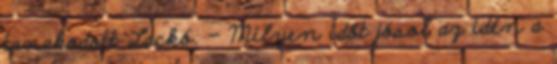
tanakodott Lackó. – Milyen időt jósol az idén a